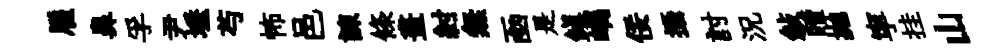
雇鼻孚尹埵芍怖邑諫條畫紂無凾是鎭嵎佞攝討況敍贖抛寜挂山